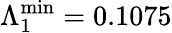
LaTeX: \Lambda_{1}^{\mathrm{min}}=0.1075